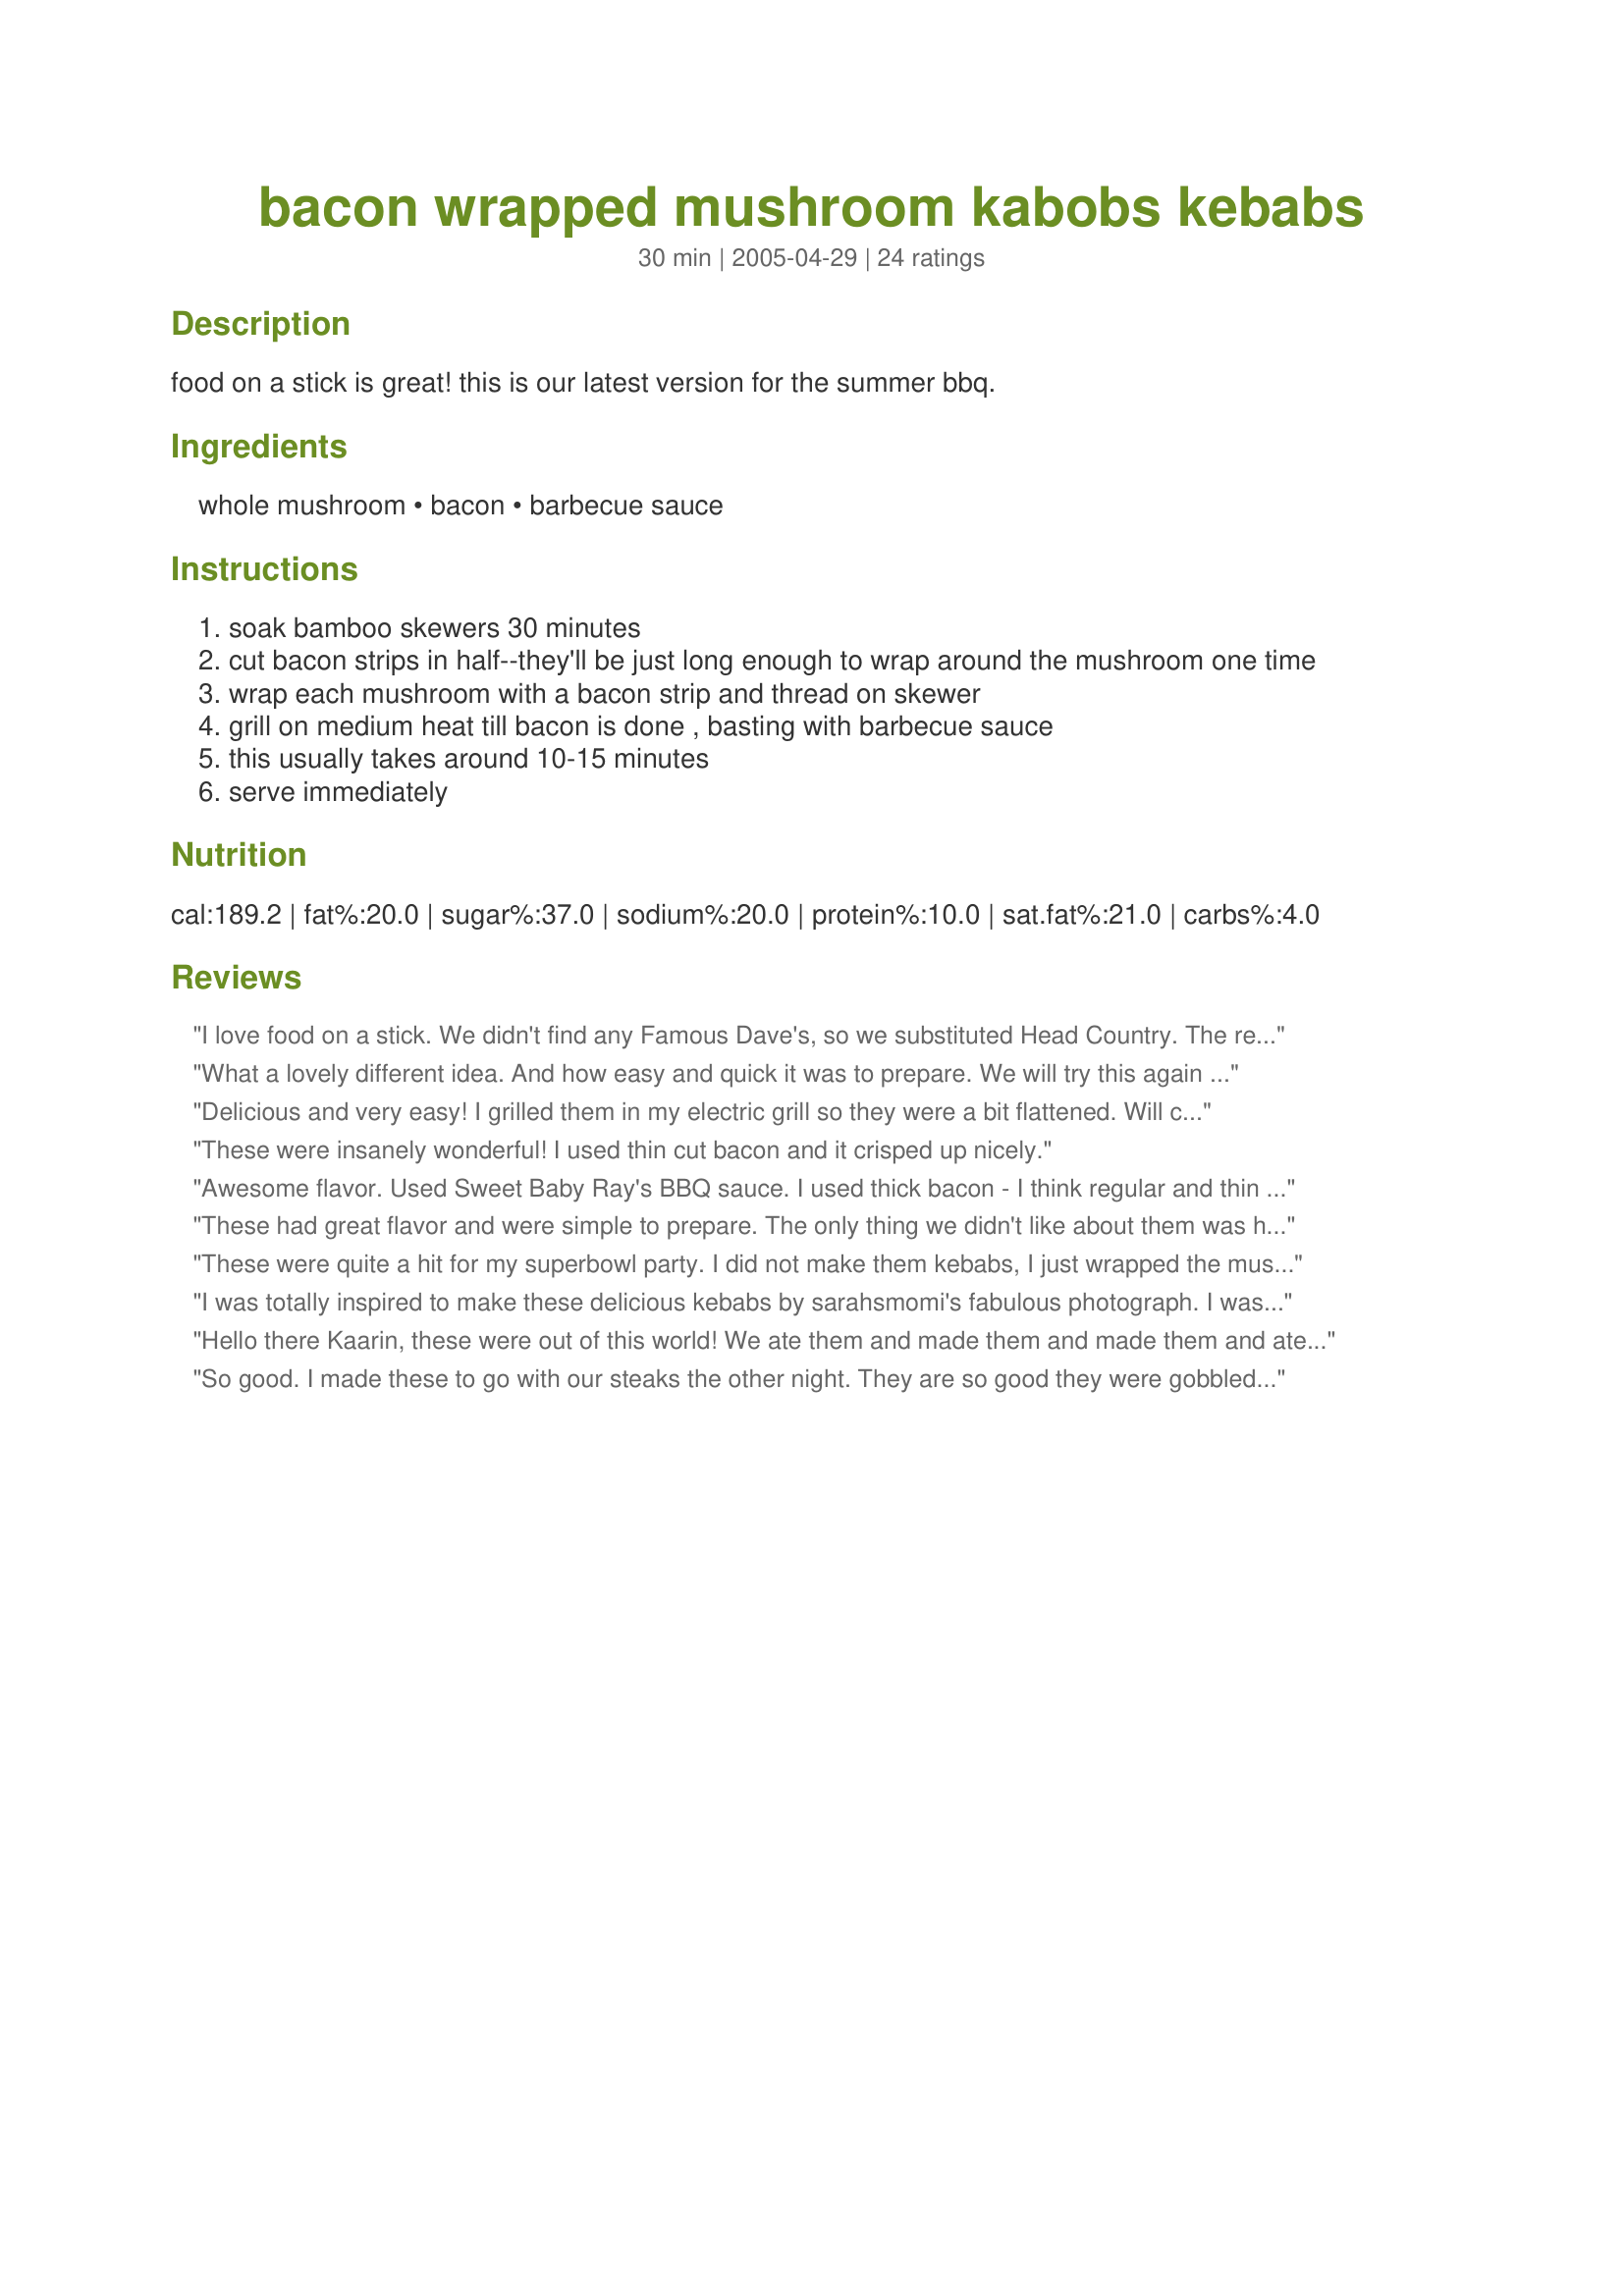
bacon wrapped mushroom kabobs kebabs
Preparation time: 30 minutes

food on a stick is great! this is our latest version for the summer bbq.

Ingredients:
whole mushroom, bacon, barbecue sauce

Steps:
soak bamboo skewers 30 minutes
cut bacon strips in half--they'll be just long enough to wrap around the mushroom one time
wrap each mushroom with a bacon strip and thread on skewer
grill on medium heat till bacon is done , basting with barbecue sauce
this usually takes around 10-15 minutes
serve immediately

Reviews:
I love food on a stick. We didn't find any Famous Dave's, so we substituted Head Country. The recipe was fast and easy to put together. Mushrooms and bacon are among our food faves, so naturally this was a hit. Thanks for the recipe, I will be making this again, and again!
What a lovely different idea. And how easy and quick it was to prepare. We will try this again but we thought we might put a few chunks of gerkin in between the mushroom/bacon wraps. Thank you Kaarin
Delicious and very easy! I grilled them in my electric grill so they were a bit flattened. Will certainly make these again!
These were insanely wonderful! I used thin cut bacon and it crisped up nicely.
Awesome flavor. Used Sweet Baby Ray's BBQ sauce.

I used thick bacon - I think regular and thin sliced would be a better way to go as the thick didn't seem to crisp up.

Thanks!
These had great flavor and were simple to prepare. The only thing we didn't like about them was how the bacon was still chewy. We're going to try this again, but place them under the broiler in the oven instead of using the grill. Thanks for the great easy appetizer!
These were quite a hit for my superbowl party. I did not make them kebabs, I just wrapped the mushroom and pinned it with a toothpick. Then I cooked them under the broiler. I should have left them in a little bit longer, but they were still delicious. They probably would have worked better with the thin/regular cut bacon instead of the thick cut that I had, but I will definitely make these again.
I was totally inspired to make these delicious kebabs by sarahsmomi's fabulous photograph. I was cooking only for myself tonight, so I made only a single portion. Just SO delicious! I minced some garlic and sprinkled some dried thyme onto each piece of bacon before wrapping it around each mushroom. I so look forward to sharing these with family and friends. A great recipe, with heaps of possibilities. Next time I make them, I'm going to marinade the mushrooms for a few hours. Thank you, sarahsmomi's DH, for selecting this recipe for the Zaar World Tour, to sarahsmomi for the great photograph, and to Kaarin for posting it! I'll be making this recipe again - with fond memories of the Zaar World Tour!
Hello there Kaarin, these were out of this world! We ate them and made them and made them and ate them! How fantastic! We used a barbecue sauce that we make here at the "home" and with the mushrooms wrapped in bacon, well I was just in "hog" heaven. Thank you for sharing such an excellent recipe, Diane :)
So good. I made these to go with our steaks the other night. They are so good they were gobbled up in no time. Thank you for posting, we will make often.
How simple yet how wonderful. Didn't even put the BBQ Sauce on because I wasn't sure. They turned out wonderful. Can't believe how easy and yummy, yet I never thought of it myself. Thanks
These were pretty good. I liked the idea of them, but couldn&#039;t get the bacon to crisp up as much as I would like.
This was good. It was very easy and quick to put together. Thank you for posting.
Awesome. I only wish I hadn't halved the recipe. I even found the Famous Dave's bar-b-que sause and it was great. I wish I could have gotten a photo but my guest would not wait. Wonderful flavors.
My husband just RAVED about these. We were forced to make these on a gas grill since we were at someone else's home...can't wait to try them on charcoal! Thanks for posting
Thanks for sharing your recipe. It is so easy and everyone loves bacon. So I can see why it is a hit. Wish I had some now. :-) Sylvieann
These were incredible....I had them served at a recent appy party and absolutely loved them! They sound so quick and easy to make theat they are definitely something that are going to be added to our summertime cooking this year!
Good, thought I couldn't quite get all parts of the bacon crispy enough for my personal tastes. I love it burnt and able to snap in half! Some sections were able to, but just because of the roundness of the mushroom some parts of the bacon were still soggy.
So easy my father could do it! :) And so darn yummy, too! I loaded up the skewers for him, using some cremini mushrooms and some nice thin bacon. And then he cooked them alongside the burgers and hot dogs he was grilling for Mother's Day. From now on, this goes on every grilling menu I make!
Leslie's hubby made these at my recent Zaar Chef appetizer party and, as you can see by the other reviews, they were enjoyed by all! These will definitely be a menu item for the coming BBQ season. Thanx Kaarin!
Awesome! This will definately be on our tailgating menu this fall! We used portebella mushrooms.
This is a fabulous recipe! My DH made these tasty things for me and we wished we had made more!!
It was just a wonderful combination of flavours.
Well written, easy to follow recipe, we will be making this again!
I had these recently at a party and they were delicious! I will be making these myself when the snow melts so that I can barbeque!
Made these last night to go with grilled salmon and they were a real hit. I used homemade barbecue sauce and put each skewer in a kabob basket. They were really good. I've wrapped other things in bacon before, but never even thought of mushrooms. Thanks for the great idea and recipe.
